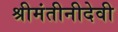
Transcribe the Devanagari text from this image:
श्रीमंतीनीदेवी